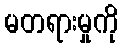
မတရားမှုကို